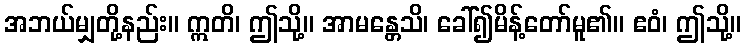
အဘယ်မျှတို့နည်း။ ဣတိ၊ ဤသို့။ အာမန္တေသိ၊ ခေါ်၍မိန့်တော်မူ၏။ ဧဝံ၊ ဤသို့။